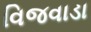
વિજવાડા